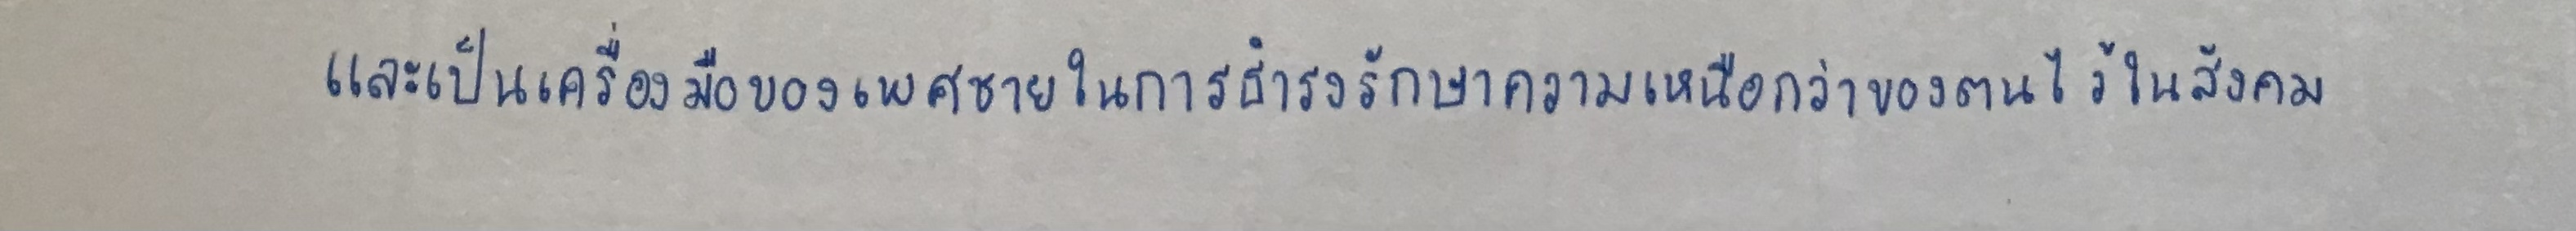
และเป็นเครื่องมือของเพศชายในการธำรงรักษาความเหนือกว่าของตนไว้ในสังคม